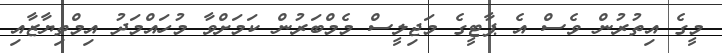
މީގެ އިތުރުން ވެސް އެ ޕާޓީގެ މަޖިލީސް މެމްބަރުން ކަމަށްވާ މުހައްމަދު އިމްތިޔާޒާއި